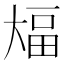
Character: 𫯫